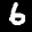
Label: 6